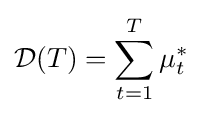
{\mathcal {D}}(T)=\sum _{t=1}^{T}{\mu _{t}^{*}}